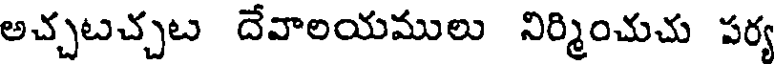
అచ్చటచ్చట దేవాలయములు నిర్మించుచు పర్య